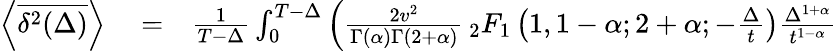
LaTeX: \begin{array}{rlr}{\left<\overline{{\delta^{2}(\Delta)}}\right>}&{{}=}&{\frac{1}{T-\Delta}\int_{0}^{T-\Delta}\left(\frac{2v^{2}}{\Gamma(\alpha)\Gamma(2+\alpha)}\, _{2}F_{1}\left(1,1-\alpha;2+\alpha;-\frac{\Delta}{t}\right)\frac{\Delta^{1+\alpha}}{t^{1-\alpha}}\right.}\end{array}